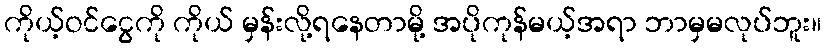
ကိုယ့်ဝင်ငွေကို ကိုယ် မှန်းလို့ရနေတာမို့ အပိုကုန်မယ့်အရာ ဘာမှမလုပ်ဘူး။